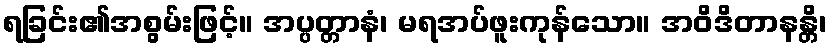
ရခြင်း၏အစွမ်းဖြင့်။ အပ္ပတ္တာနံ၊ မရအပ်ဖူးကုန်သော။ အဝိဒိတာနန္တိ၊